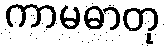
ကာမဓာတု